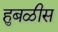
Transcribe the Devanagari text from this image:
हुबळीस